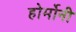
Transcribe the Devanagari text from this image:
होर्मोनी